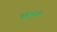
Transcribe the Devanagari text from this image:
विरुध्द्चा